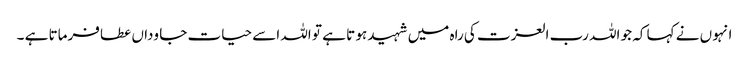
انہو ں نے کہا کہ جو اللہ رب العزت کی راہ میں شہید ہو تا ہے تو اللہ اسے حیات جا وداں عطا فرماتا ہے ۔